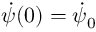
\dot { \psi } ( 0 ) = \dot { \psi } _ { 0 }